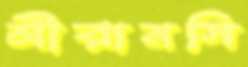
শ্রীরামসি